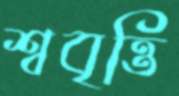
শ্ববৃত্তি